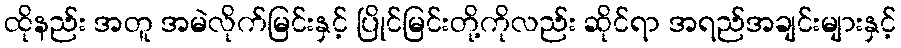
ထိုနည်း အတူ အမဲလိုက်မြင်းနှင့် ပြိုင်မြင်းတို့ကိုလည်း ဆိုင်ရာ အရည်အချင်းများနှင့်